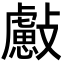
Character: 𣀞